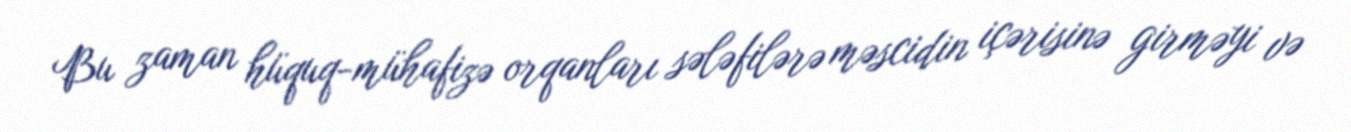
Bu zaman hüquq-mühafizə orqanları sələfilərə məscidin içərisinə girməyi və